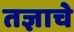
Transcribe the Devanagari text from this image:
तज्ञाचे